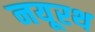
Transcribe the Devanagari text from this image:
नयूरथ